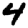
Digit: 4